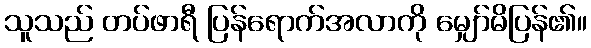
သူသည် တပ်ဖာရီ ပြန်ရောက်အလာကို မျှော်မိပြန်၏။